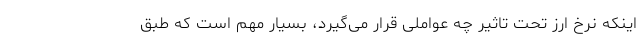
اینکه نرخ ارز تحت تاثیر چه عواملی قرار می‌گیرد، بسیار مهم است که طبق